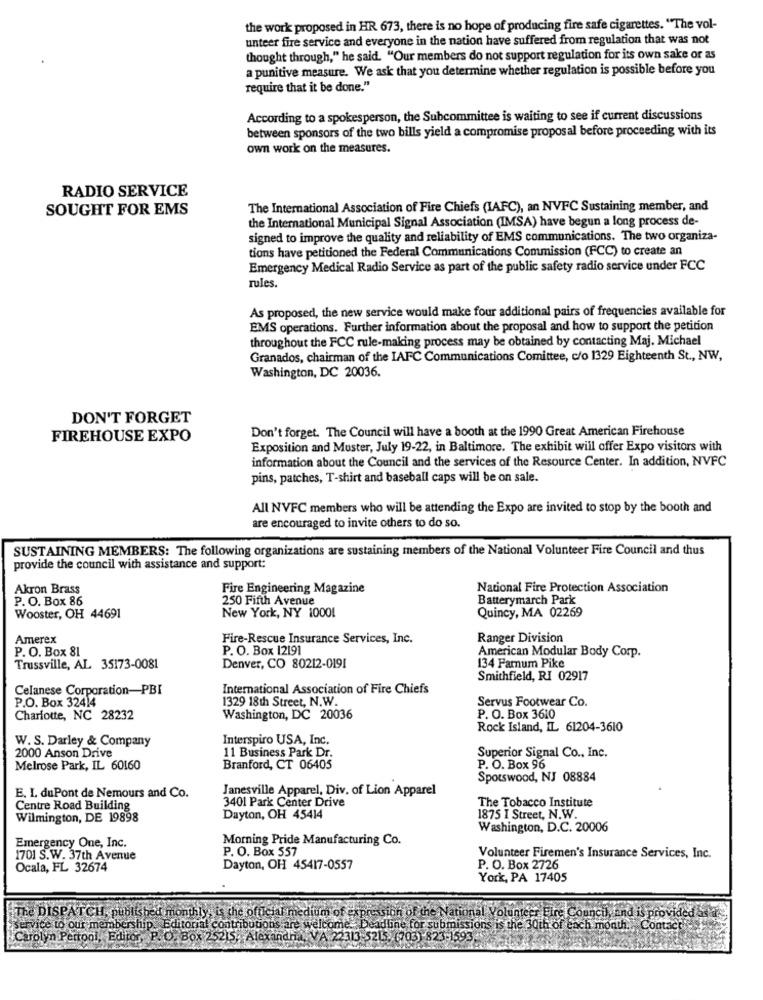
the work proposed in HR 673, there is no hope of producing fire safe cigarettes. "The vol-
unteer fire service and everyone in the nation have suffered from regulation that was not
thought through," he said. "Our members do not support regulation for its own sake or as
a punitive measure. We ask that you determine whether regulation is possible before you
require that it be done."
According to a spokesperson, the Subcommittee is waiting to see if current discussions
between sponsors of the two bills yield a compromise proposal before proceeding with its
own work on the measures.
RADIO SERVICE
SOUGHT FOR EMS
The International Association of Fire Chiefs (IAFC), an NVFC Sustaining member, and
the International Municipal Signal Association (IMSA) have begun a long process de-
signed to improve the quality and reliability of EMS communications. The two organiza-
tions have petitioned the Federal Communications Commission (FCC) to create an
Emergency Medical Radio Service as part of the public safety radio service under FCC
rules.
As proposed, the new service would make four additional pairs of frequencies available for
EMS operations. Further information about the proposal and how to support the petition
throughout the FCC rule-making process may be obtained by contacting Maj. Michael
Granados, chairman of the IAFC Communications Comittee, c/o 1329 Eighteenth St ., NW,
Washington, DC 20036.
DON'T FORGET
Don't forget. The Council will have a booth at the 1990 Great American Firehouse
FIREHOUSE EXPO
Exposition and Muster, July 19-22, in Baltimore. The exhibit will offer Expo visitors with
information about the Council and the services of the Resource Center. In addition, NVFC
pins, patches, T-shirt and baseball caps will be on sale.
All NVFC members who will be attending the Expo are invited to stop by the booth and
are encouraged to invite others to do so.
SUSTAINING MEMBERS: The following organizations are sustaining members of the National Volunteer Fire Council and thus
provide the council with assistance and support:
Akron Brass
Fire Engineering Magazine
National Fire Protection Association
P. O. Box 86
250 Fifth Avenue
Batterymarch Park
Wooster, OH 44691
New York, NY 10001
Quincy, MA 02269
Amerex
Fire-Rescue Insurance Services, Inc.
Ranger Division
P. O. Box 81
P. O. Box 12191
American Modular Body Corp.
Trussville, AL 35173-0081
Denver, CO 80212-0191
134 Farnum Pike
Smithfield, RI 02917
Celanese Corporation-PBI
International Association of Fire Chiefs
1329 18th Street, N.W.
Servus Footwear Co.
P.O. Box 32414
Charlotte, NC 28232
Washington, DC 20036
P. O. Box 3610
Rock Island, IL 61204-3610
W. S. Darley & Company
Interspiro USA, Inc.
2000 Anson Drive
11 Business Park Dr.
Superior Signal Co ., Inc.
Melrose Park, IL 60160
Branford, CT 06405
P. O. Box 96
Spotswood, NJ 08884
Janesville Apparel, Div. of Lion Apparel
E. I. duPont de Nemours and Co.
3401 Park Center Drive
The Tobacco Institute
Centre Road Building
Wilmington, DE 19898
Dayton, OH 45414
1875 I Street, N.W.
Washington, D.C. 20006
Emergency One, Inc.
Morning Pride Manufacturing Co.
P. O. Box 557
1701 S.W. 37th Avenue
Volunteer Firemen's Insurance Services, Inc.
Ocala, FL 32674
Dayton, OH 45417-0557
P. O. Box 2726
York, PA 17405
The DISPATCH, published monthly, is the official medium of expression of the National Volunteer Fire Council, and is provided
service to our membership. Editorial contributions are welcome. Deadline for submissions is the 30th of each month. , Contac
Carolyn Pertool, Editor, P. O. Box 25215, Alexandria, VA 22313-5215. (703) 823-1593.